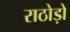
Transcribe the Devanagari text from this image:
राठोड़ो